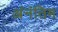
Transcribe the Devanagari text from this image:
अंनंतिम